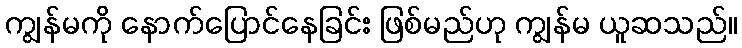
ကျွန်မကို နောက်ပြောင်နေခြင်း ဖြစ်မည်ဟု ကျွန်မ ယူဆသည်။